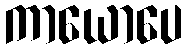
ကာယောပေ